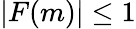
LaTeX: |F(m)|\leq 1